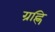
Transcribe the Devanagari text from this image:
ग्रह्णि